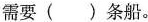
需要()条船。